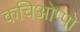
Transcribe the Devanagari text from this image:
कचिओप्पो